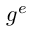
g ^ { e }